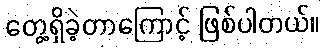
တွေ့ရှိခဲ့တာကြောင့် ဖြစ်ပါတယ်။